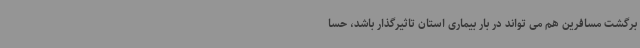
برگشت مسافرین هم می تواند در بار بیماری استان تاثیرگذار باشد، حسا